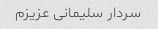
سردار سلیمانی عزیزم